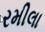
રમીલા